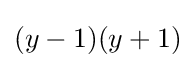
(y-1)(y+1)